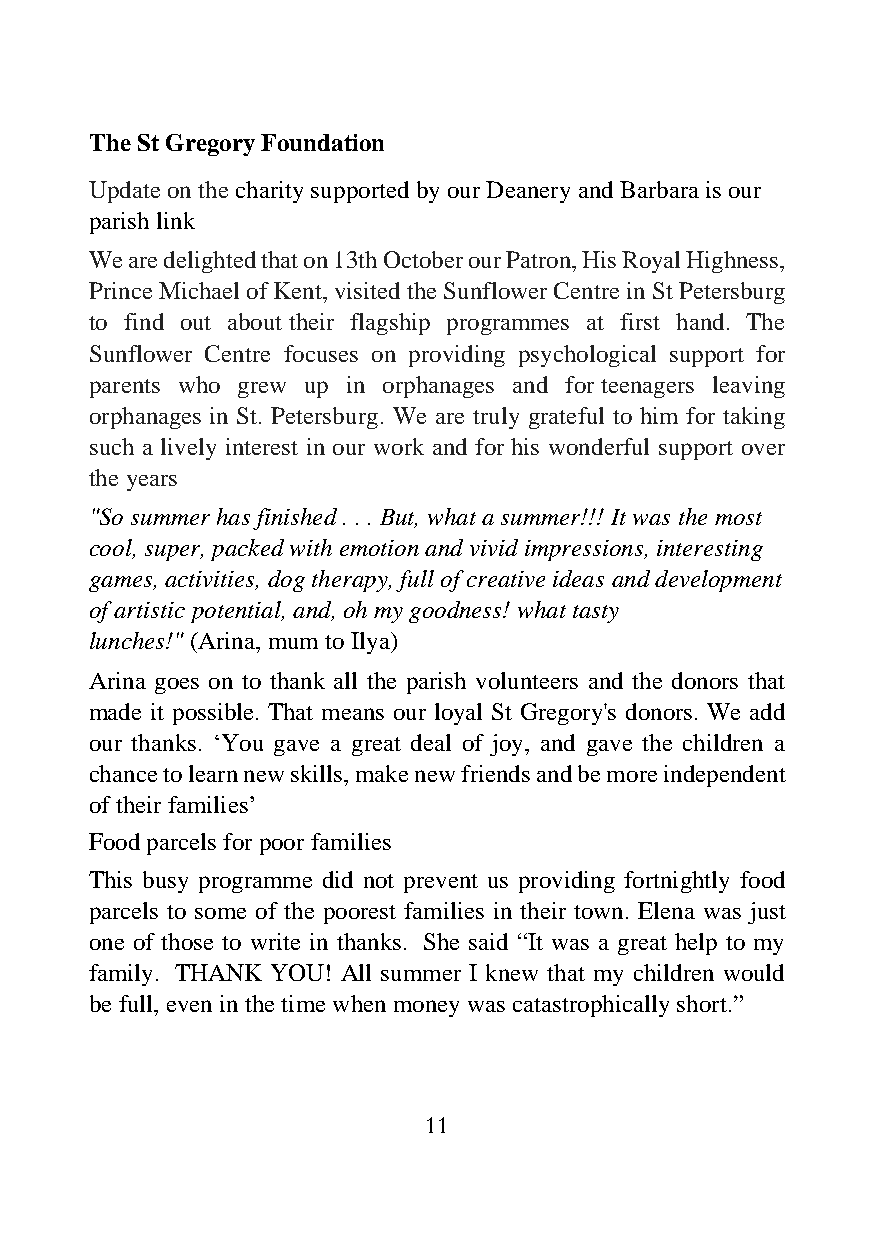
The St Gregory Foundation
 Update on the charity supported by our Deanery and Barbara is our
 parish link
 We are delighted that on 13th October our Patron, His Royal Highness,
 Prince Michael of Kent, visited the Sunflower Centre in St Petersburg
 to find out about their flagship programmes at first hand. The
 Sunflower Centre focuses on providing psychological support for
 parents who grew up in orphanages and for teenagers leaving
 orphanages in St. Petersburg. We are truly grateful to him for taking
 such a lively interest in our work and for his wonderful support over
 the years
 "So summer has finished . . . But, what a summer!!! It was the most
 cool, super, packed with emotion and vivid impressions, interesting
 games, activities, dog therapy, full of creative ideas and development
 of artistic potential, and, oh my goodness! what tasty
 lunches!" (Arina, mum to Ilya)
 Arina goes on to thank all the parish volunteers and the donors that
 made it possible. That means our loyal St Gregory's donors. We add
 our thanks. ‘You gave a great deal of joy, and gave the children a
 chance to learn new skills, make new friends and be more independent
 of their families’
 Food parcels for poor families
 This busy programme did not prevent us providing fortnightly food
 parcels to some of the poorest families in their town. Elena was just
 one of those to write in thanks. She said “It was a great help to my
 family. THANK YOU! All summer I knew that my children would
 be full, even in the time when money was catastrophically short.”
 11